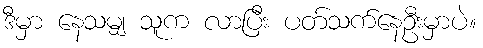
ဒီမှာ နေသမျှ သူက လာပြီး ပတ်သက်နေဦးမှာပဲ။